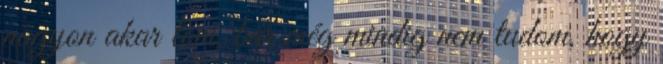
nagyon akar lőni, bár még mindig nem tudom, hogy